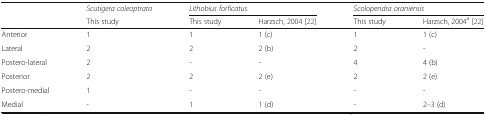
|  | Scutigera coleoptrata | <COLSPAN=2> Lithobius forficatus | <COLSPAN=2> Scolopendra oraniensis |
 |  | This study | This study | Harzsch, 2004 [22] | This study | Harzsch, 2004a [22] |
 | --- | --- | --- | --- | --- | --- |
 | Anterior | 1 | 1 | 1 (c) | 1 | 1 (c) |
 | Lateral | 2 | 2 | 2 (b) | 2 | - |
 | Postero-lateral | 2 | - | - | 4 | 4 (b) |
 | Posterior | 2 | 2 | 2 (e) | 2 | 2 (e) |
 | Postero-medial | 1 | - | - | - | - |
 | Medial | - | 1 | 1 (d) | - | 2–3 (d) |